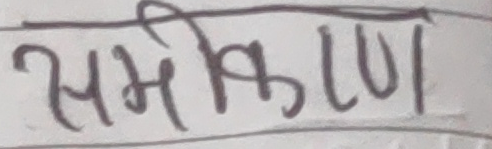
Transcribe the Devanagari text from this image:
समीकरण